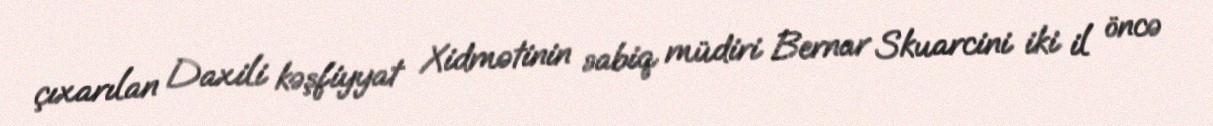
çıxarılan Daxili kəşfiyyat Xidmətinin sabiq müdiri Bernar Skuarcini iki il öncə